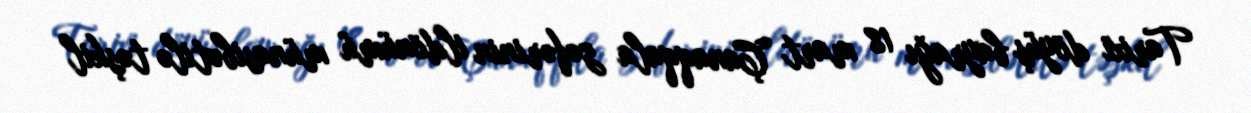
Tarixi döyüş bayrağı 18 mart Çanaqqala zəfərinin ildönümü münasibətilə təşkil